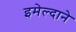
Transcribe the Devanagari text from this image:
इमेल्दाने